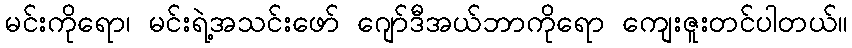
မင်းကိုရော၊ မင်းရဲ့အသင်းဖော် ဂျော်ဒီအယ်ဘာကိုရော ကျေးဇူးတင်ပါတယ်။